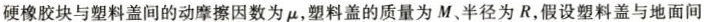
硬橡胶块与塑料盖间的动摩擦因数为μ，塑料盖的质量为M、半径为R，假设塑料盖与地面间